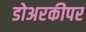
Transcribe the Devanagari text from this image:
डोअरकीपर